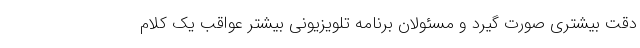
دقت بیشتری صورت گیرد و مسئولان برنامه تلویزیونی بیشتر عواقب یک کلام